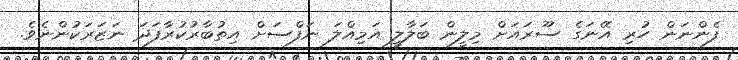
ފެންނަން ހުރި އޭނަގެ ސޫރައަށް މިލީން ބަލާލީ އަމިއްލަ ނަފްސަށް އިތުބާރުކުރާފަދަ ނަޒަރަކުންނެވެ.